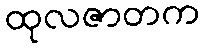
ထုလဇာတက